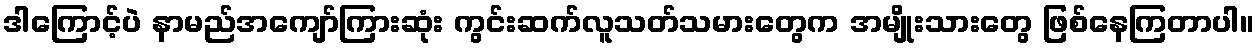
ဒါကြောင့်ပဲ နာမည်အကျော်ကြားဆုံး ကွင်းဆက်လူသတ်သမားတွေက အမျိုးသားတွေ ဖြစ်နေကြတာပါ။